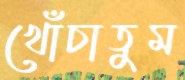
খোঁচাতুম